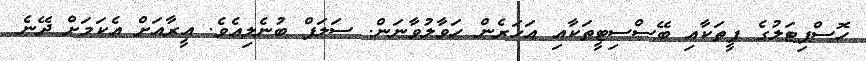
ހޮސްޕިޓަލުގެ ފީތަކާއި ބޭސްސިޓީތަކާއި އަހަރެން ހަވާލުވާނަން. ސަލަފް ބުނެލިއެވެ. އީރާއަށް އެކަމަށް ދޭނެ